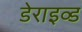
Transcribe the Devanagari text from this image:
डेराइव्ड